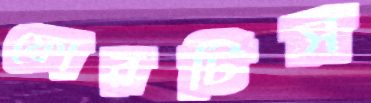
ফোরটিস